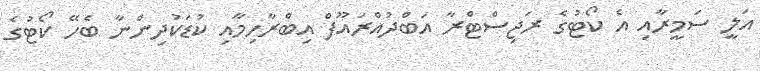
އަލީ ސަމީރާއި އެ ކޯޓުގެ ރަޖިސްޓްރާ އަބްދުއްރައޫފް އިބްރާހިމާއި ކުޑަކުދިންނާ ބެހޭ ކޯޓުގެ